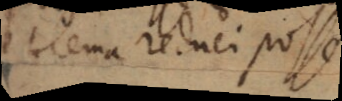
blema reduci posse